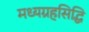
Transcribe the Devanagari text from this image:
मध्यग्रहसिद्धि